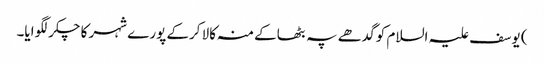
) یوسف علیہ السلام کو گدھے پہ بٹھاکے منہ کالا کرکے پورے شہر کا چکر لگوایا۔